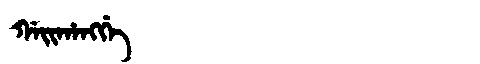
Manchu: ᡤᠠᡳᡥᠠᠩᡤᡝ
Romanization: GAIHANGGE